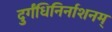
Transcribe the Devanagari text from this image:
दुर्गंधिनिर्नाशनम्